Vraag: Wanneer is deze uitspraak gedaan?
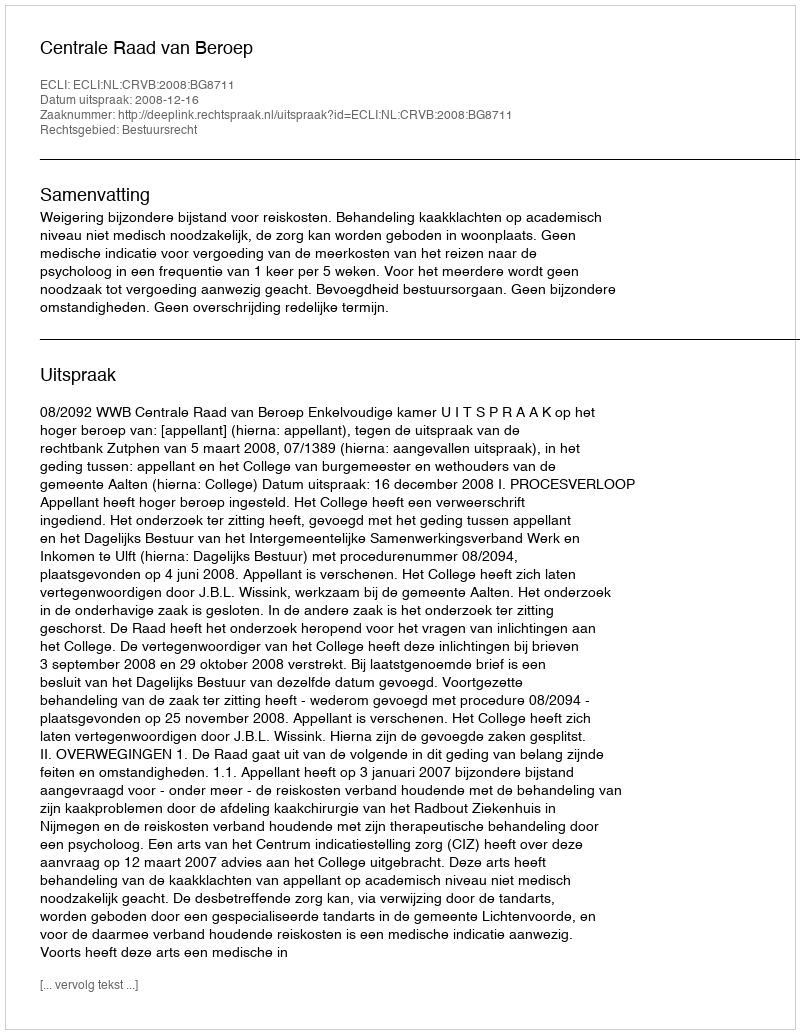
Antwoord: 2008-12-16